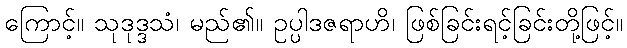
ကြောင့်။ သုဒုဒ္ဒသံ၊ မည်၏။ ဥပ္ပါဒဇရာဟိ၊ ဖြစ်ခြင်းရင့်ခြင်းတို့ဖြင့်။